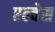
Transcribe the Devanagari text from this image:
एल्वेस